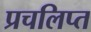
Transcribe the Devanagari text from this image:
प्रचलिप्त